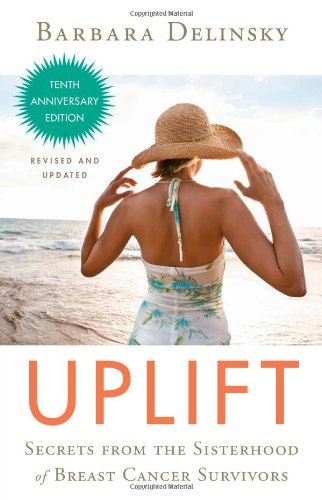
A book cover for Uplift: Secrets from the Sisterhood of Breast Cancer Survivors; Barbara Delinsky; Health, Fitness & Dieting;